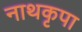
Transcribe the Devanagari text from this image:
नाथकृपा